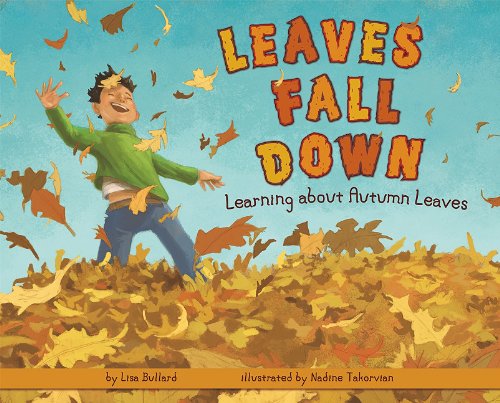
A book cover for Leaves Fall Down: Learning About Autumn Leaves; Lisa Bullard; Children's Books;